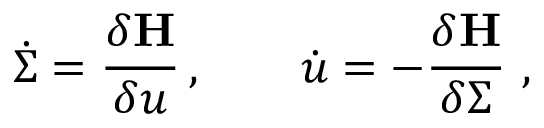
\dot { \Sigma } = \frac { \delta { \bf H } } { \delta u } \, , \qquad \dot { u } = - \frac { \delta { \bf H } } { \delta \Sigma } \, \, ,